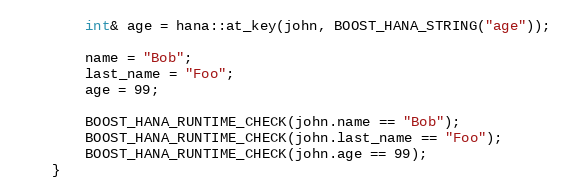
Language: C++
        int& age = hana::at_key(john, BOOST_HANA_STRING("age"));

        name = "Bob";
        last_name = "Foo";
        age = 99;

        BOOST_HANA_RUNTIME_CHECK(john.name == "Bob");
        BOOST_HANA_RUNTIME_CHECK(john.last_name == "Foo");
        BOOST_HANA_RUNTIME_CHECK(john.age == 99);
    }